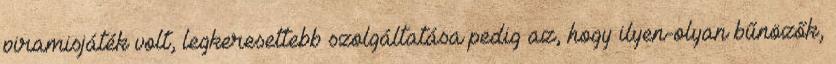
piramisjáték volt, legkeresettebb szolgáltatása pedig az, hogy ilyen-olyan bűnözők,